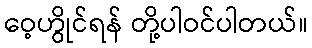
ဝေ့ဟွိုင်ရန် တို့ပါဝင်ပါတယ်။